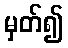
မှတ်၍